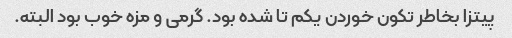
پیتزا بخاطر تکون خوردن یکم تا شده بود. گرمی و مزه خوب بود البته.